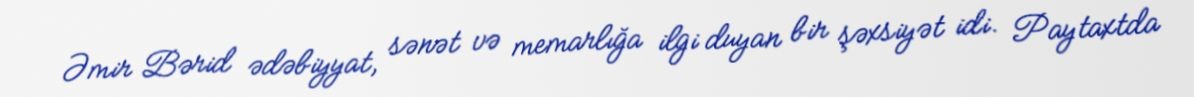
Əmir Bərid ədəbiyyat, sənət və memarlığa ilgi duyan bir şəxsiyət idi. Paytaxtda